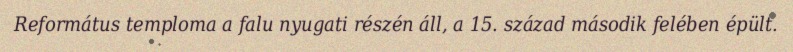
Református temploma a falu nyugati részén áll, a 15. század második felében épült.